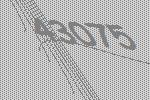
43075